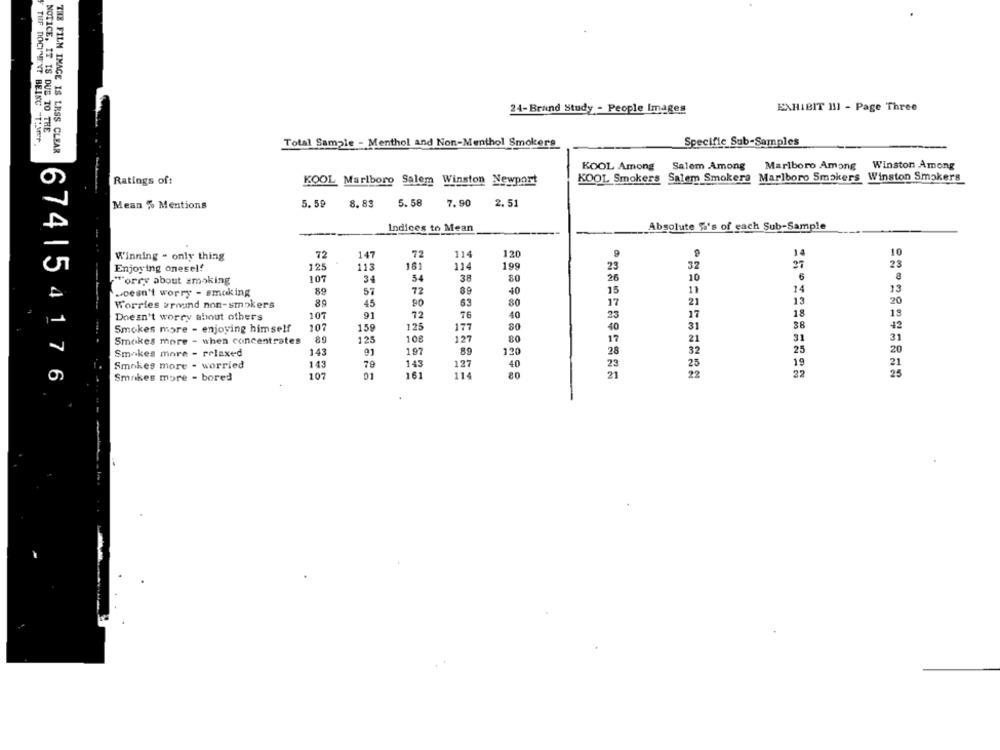
24-Brand Study - People Images
EXHIBIT 111 - Page Three
NOTICE, IT IS DUE TO THE
TIF DOCIMENT BEING "T:Jr.
Specific Sub-Samples
THE FILM IMAGE IS LESS CLEAR
Total Sample - Menthol and Non-Menthol Smokers
KOOL Among
Salem Among
Marlboro Among
Winston Among
KOOL Marlboro Salem Winston Newport
KOOL Smokers Salem Smokers Marlboro Smokers Winston Smokers
Ratings of:
5.59
8.89
5.58
7.90
2.51
Mean % Mentions
Indices to Mean
Absolute fa's of each Sub-Sample
Winning - only thing
72
147
72
114
120
10
Enjoying oneself
125
113
161
114
199
23
32
37
23
107
34
54
38
80
10
6
8
Worry about smoking
26
.oesn't worry - smoking
89
57
72
89
40
15
11
33
63
80
21
13
20
Worries around non-smokers
89
45
17
Doesn't worry about others
107
91
72
40
23
17
18
13
Smokes more - enjoying himself
107
159
125
177
80
40
31
38
12
108
127
80
17
21
31
31
Smokes more - when concentrates
125
Smokes more - relaxed
143
01
197
89
120
28
32
25
20
23
19
Smakes more - worried
143
70
143
127
40
23
107
01
161
114
80
21
22
22
674| 54176
Smokes more - bored